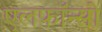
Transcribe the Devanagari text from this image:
एलफाॅन्सो